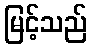
မြင့်သည်